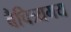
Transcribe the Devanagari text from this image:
वैचित्र्यमय